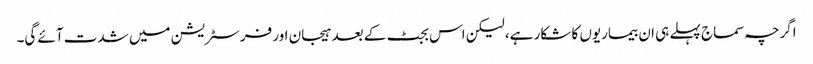
اگرچہ سماج پہلے ہی ان بیماریوں کا شکار ہے، لیکن اس بجٹ کے بعد ہیجان اور فرسٹریشن میں شدت آئے گی۔